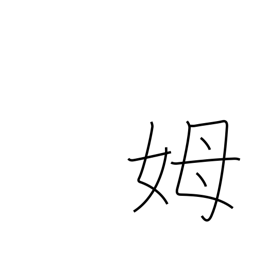
Meaning: wet nurse